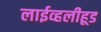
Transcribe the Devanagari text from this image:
लाईव्हलीहूड